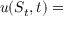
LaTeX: u ( S _ { t } , t ) =